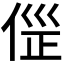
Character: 𠊦